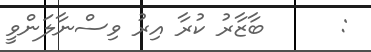
:      ބާޒާރު ކުރާ އިރު ވިސްނާލަންވީ